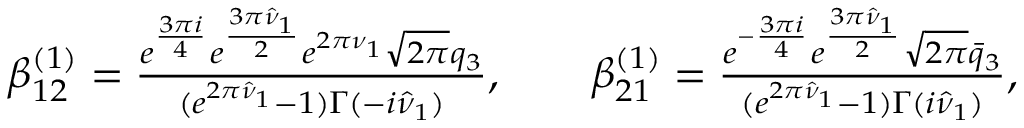
\begin{array} { r l } & { \beta _ { 1 2 } ^ { ( 1 ) } = \frac { e ^ { \frac { 3 \pi i } { 4 } } e ^ { \frac { 3 \pi \hat { \nu } _ { 1 } } { 2 } } e ^ { 2 \pi \nu _ { 1 } } \sqrt { 2 \pi } q _ { 3 } } { ( e ^ { 2 \pi \hat { \nu } _ { 1 } } - 1 ) \Gamma ( - i \hat { \nu } _ { 1 } ) } , \qquad \beta _ { 2 1 } ^ { ( 1 ) } = \frac { e ^ { - \frac { 3 \pi i } { 4 } } e ^ { \frac { 3 \pi \hat { \nu } _ { 1 } } { 2 } } \sqrt { 2 \pi } \bar { q } _ { 3 } } { ( e ^ { 2 \pi \hat { \nu } _ { 1 } } - 1 ) \Gamma ( i \hat { \nu } _ { 1 } ) } , } \end{array}